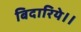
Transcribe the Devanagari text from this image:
बिदारिये।।